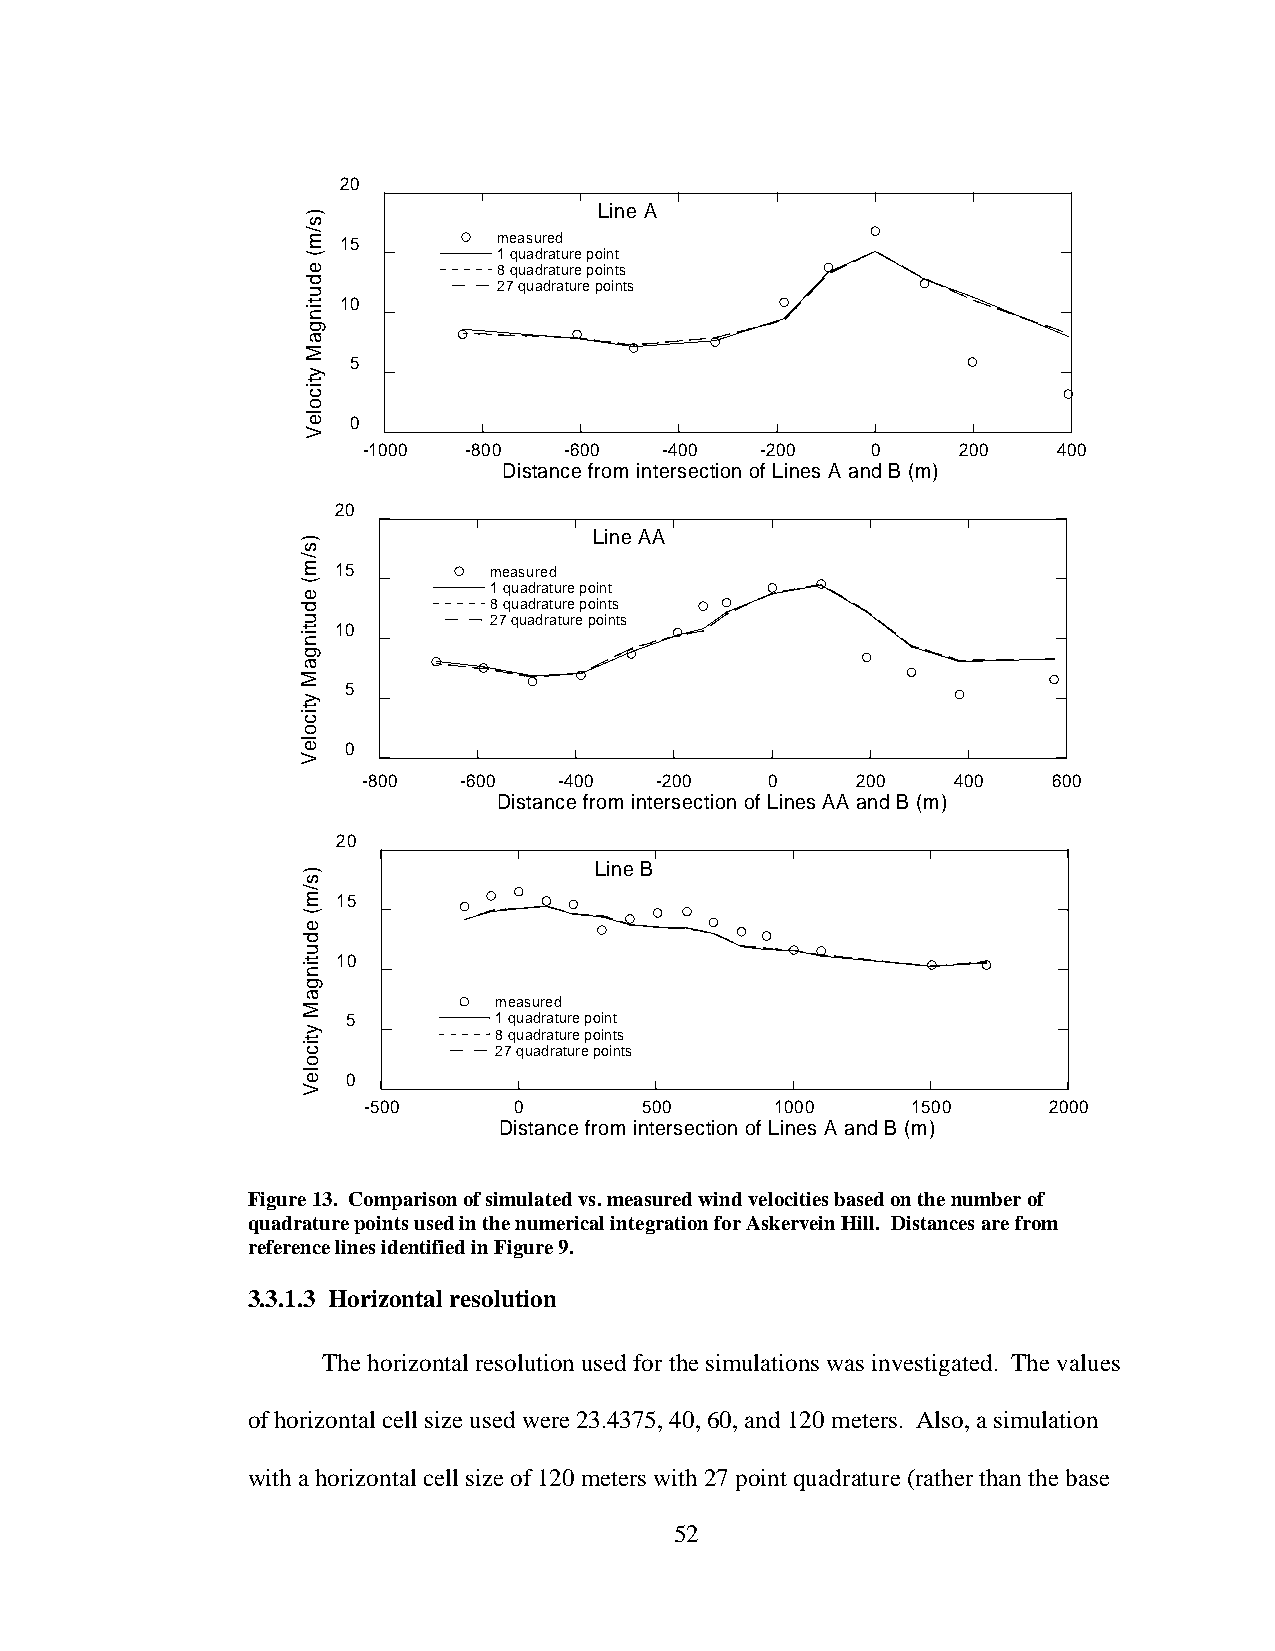
20
 Line A
 15        measured
 1 quadrature point
 8 quadrature points
 27 quadrature points
 10
 5
 0
 -1000  -800  -600   -400  -200    0     200   400
 Distance from intersection of Lines A and B (m)
 20
 Line AA
 15        measured
 1 quadrature point
 8 quadrature points
 27 quadrature points
 10
 5
 0
 -800  -600   -400  -200    0     200   400    600
 Distance from intersection of Lines AA and B (m)
 20
 Line B
 15
 10
 measured
 5         1 quadrature point
 8 quadrature points
 27 quadrature points
 0
 -500      0       500      1000     1500     2000
 Distance from intersection of Lines A and B (m)
 Figure 13. Comparison of simulated vs. measured wind velocities based on the number of
 quadrature points used in the numerical integration for Askervein Hill. Distances are from
 reference lines identified in Figure 9.
 3.3.1.3 Horizontal resolution
 The horizontal resolution used for the simulations was investigated. The values
 of horizontal cell size used were 23.4375, 40, 60, and 120 meters. Also, a simulation
 with a horizontal cell size of 120 meters with 27 point quadrature (rather than the base
 52
 )s/m(
 edutingaM
 yticoleV
 )s/m(
 edutingaM
 yticoleV
 )s/m(
 edutingaM
 yticoleV